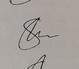
Signature authenticity: genuine